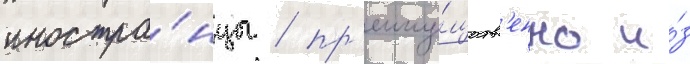
иностра́нцы / пр'еиму́ществ'енно и́з